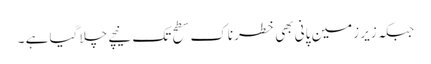
جبکہ زیر زمین پانی بھی خطرناک سطح تک نیچے چلا گیا ہے ۔